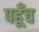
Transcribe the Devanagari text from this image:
पहूँच